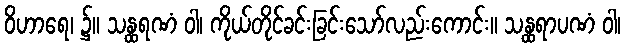
ဝိဟာရေ၊ ၌။ သန္ထရဏံ ဝါ၊ ကိုယ်တိုင်ခင်းခြင်းသော်လည်းကောင်း။ သန္ထရာပဏံ ဝါ၊